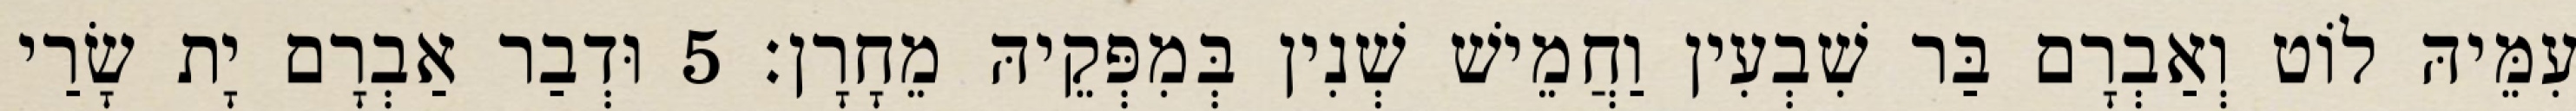
עִמֵּיהּ לוֹט וְאַבְרָם בַּר שִׁבְעִין וַחֲמֵישׁ שְׁנִין בְּמִפְּקֵיהּ מֵחָרָן׃ 5 וּדְבַר אַבְרָם יָת שָׂרַי